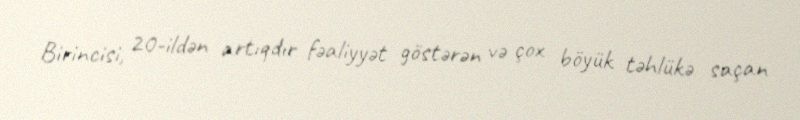
Birincisi, 20-ildən artıqdır fəaliyyət göstərən və çox böyük təhlükə saçan